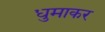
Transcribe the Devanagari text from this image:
धुमाकर